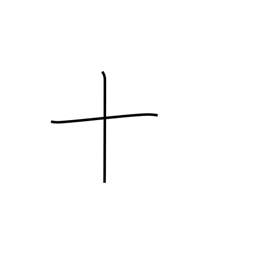
Meaning: ten